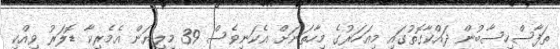
ތަފާސްހިސާބުން ދައްކާގޮތުގައި މިއަހަރުގެ މިހާތަނަށް އެކަނިވެސް 39 މިލިޔަން އެމެރިކާ ޑޮލަރު ވިއްކި